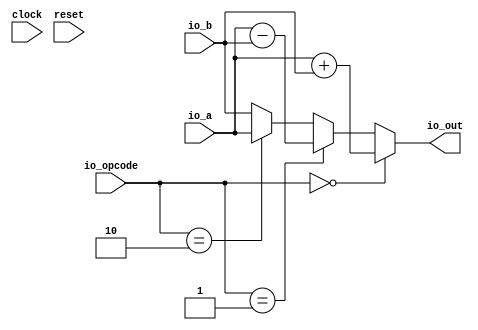
module SimpleALU(
  input        clock,
  input        reset,
  input  [3:0] io_a,
  input  [3:0] io_b,
  input  [1:0] io_opcode,
  output [3:0] io_out
);
  wire  _T = io_opcode == 2'h0; // @[SimpleALU.scala 45:19]
  wire [3:0] _T_2 = io_a + io_b; // @[SimpleALU.scala 46:20]
  wire  _T_3 = io_opcode == 2'h1; // @[SimpleALU.scala 47:26]
  wire [3:0] _T_5 = io_a - io_b; // @[SimpleALU.scala 48:20]
  wire  _T_6 = io_opcode == 2'h2; // @[SimpleALU.scala 49:26]
  wire [3:0] _GEN_0 = _T_6 ? io_a : io_b; // @[SimpleALU.scala 49:35]
  wire [3:0] _GEN_1 = _T_3 ? _T_5 : _GEN_0; // @[SimpleALU.scala 47:35]
  assign io_out = _T ? _T_2 : _GEN_1; // @[SimpleALU.scala 44:10 SimpleALU.scala 46:12 SimpleALU.scala 48:12 SimpleALU.scala 50:12 SimpleALU.scala 52:12]
endmodule